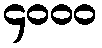
၄၀၀၀